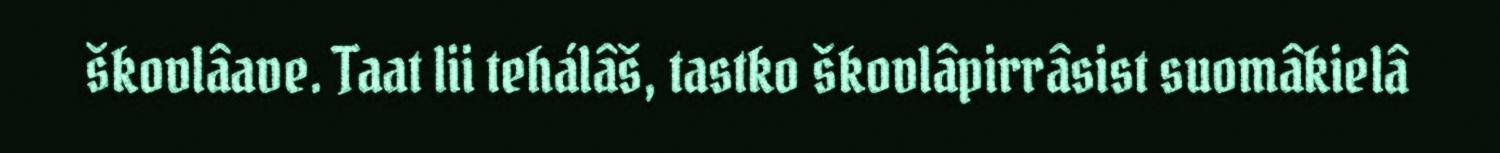
škovlâave. Taat lii tehálâš, tastko škovlâpirrâsist suomâkielâ